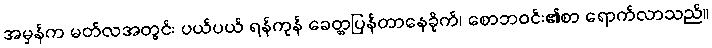
အမှန်က မတ်လအတွင်း ပယ်ပယ် ရန်ကုန် ခေတ္တပြန်တာနေခိုက်၊ စောဘဝင်း၏စာ ရောက်လာသည်။